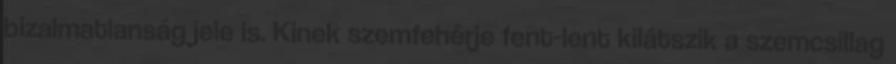
bizalmatlanság jele is. Kinek szemfehérje fent-lent kilátszik a szemcsillag